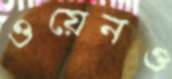
ওয়েনও